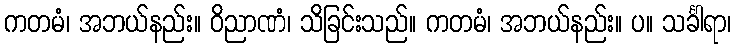
ကတမံ၊ အဘယ်နည်း။ ဝိညာဏံ၊ သိခြင်းသည်။ ကတမံ၊ အဘယ်နည်း။ ပ။ သင်္ခါရာ၊